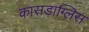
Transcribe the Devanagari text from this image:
कासड़ाग्लिस